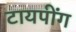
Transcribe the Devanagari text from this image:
टायपींग